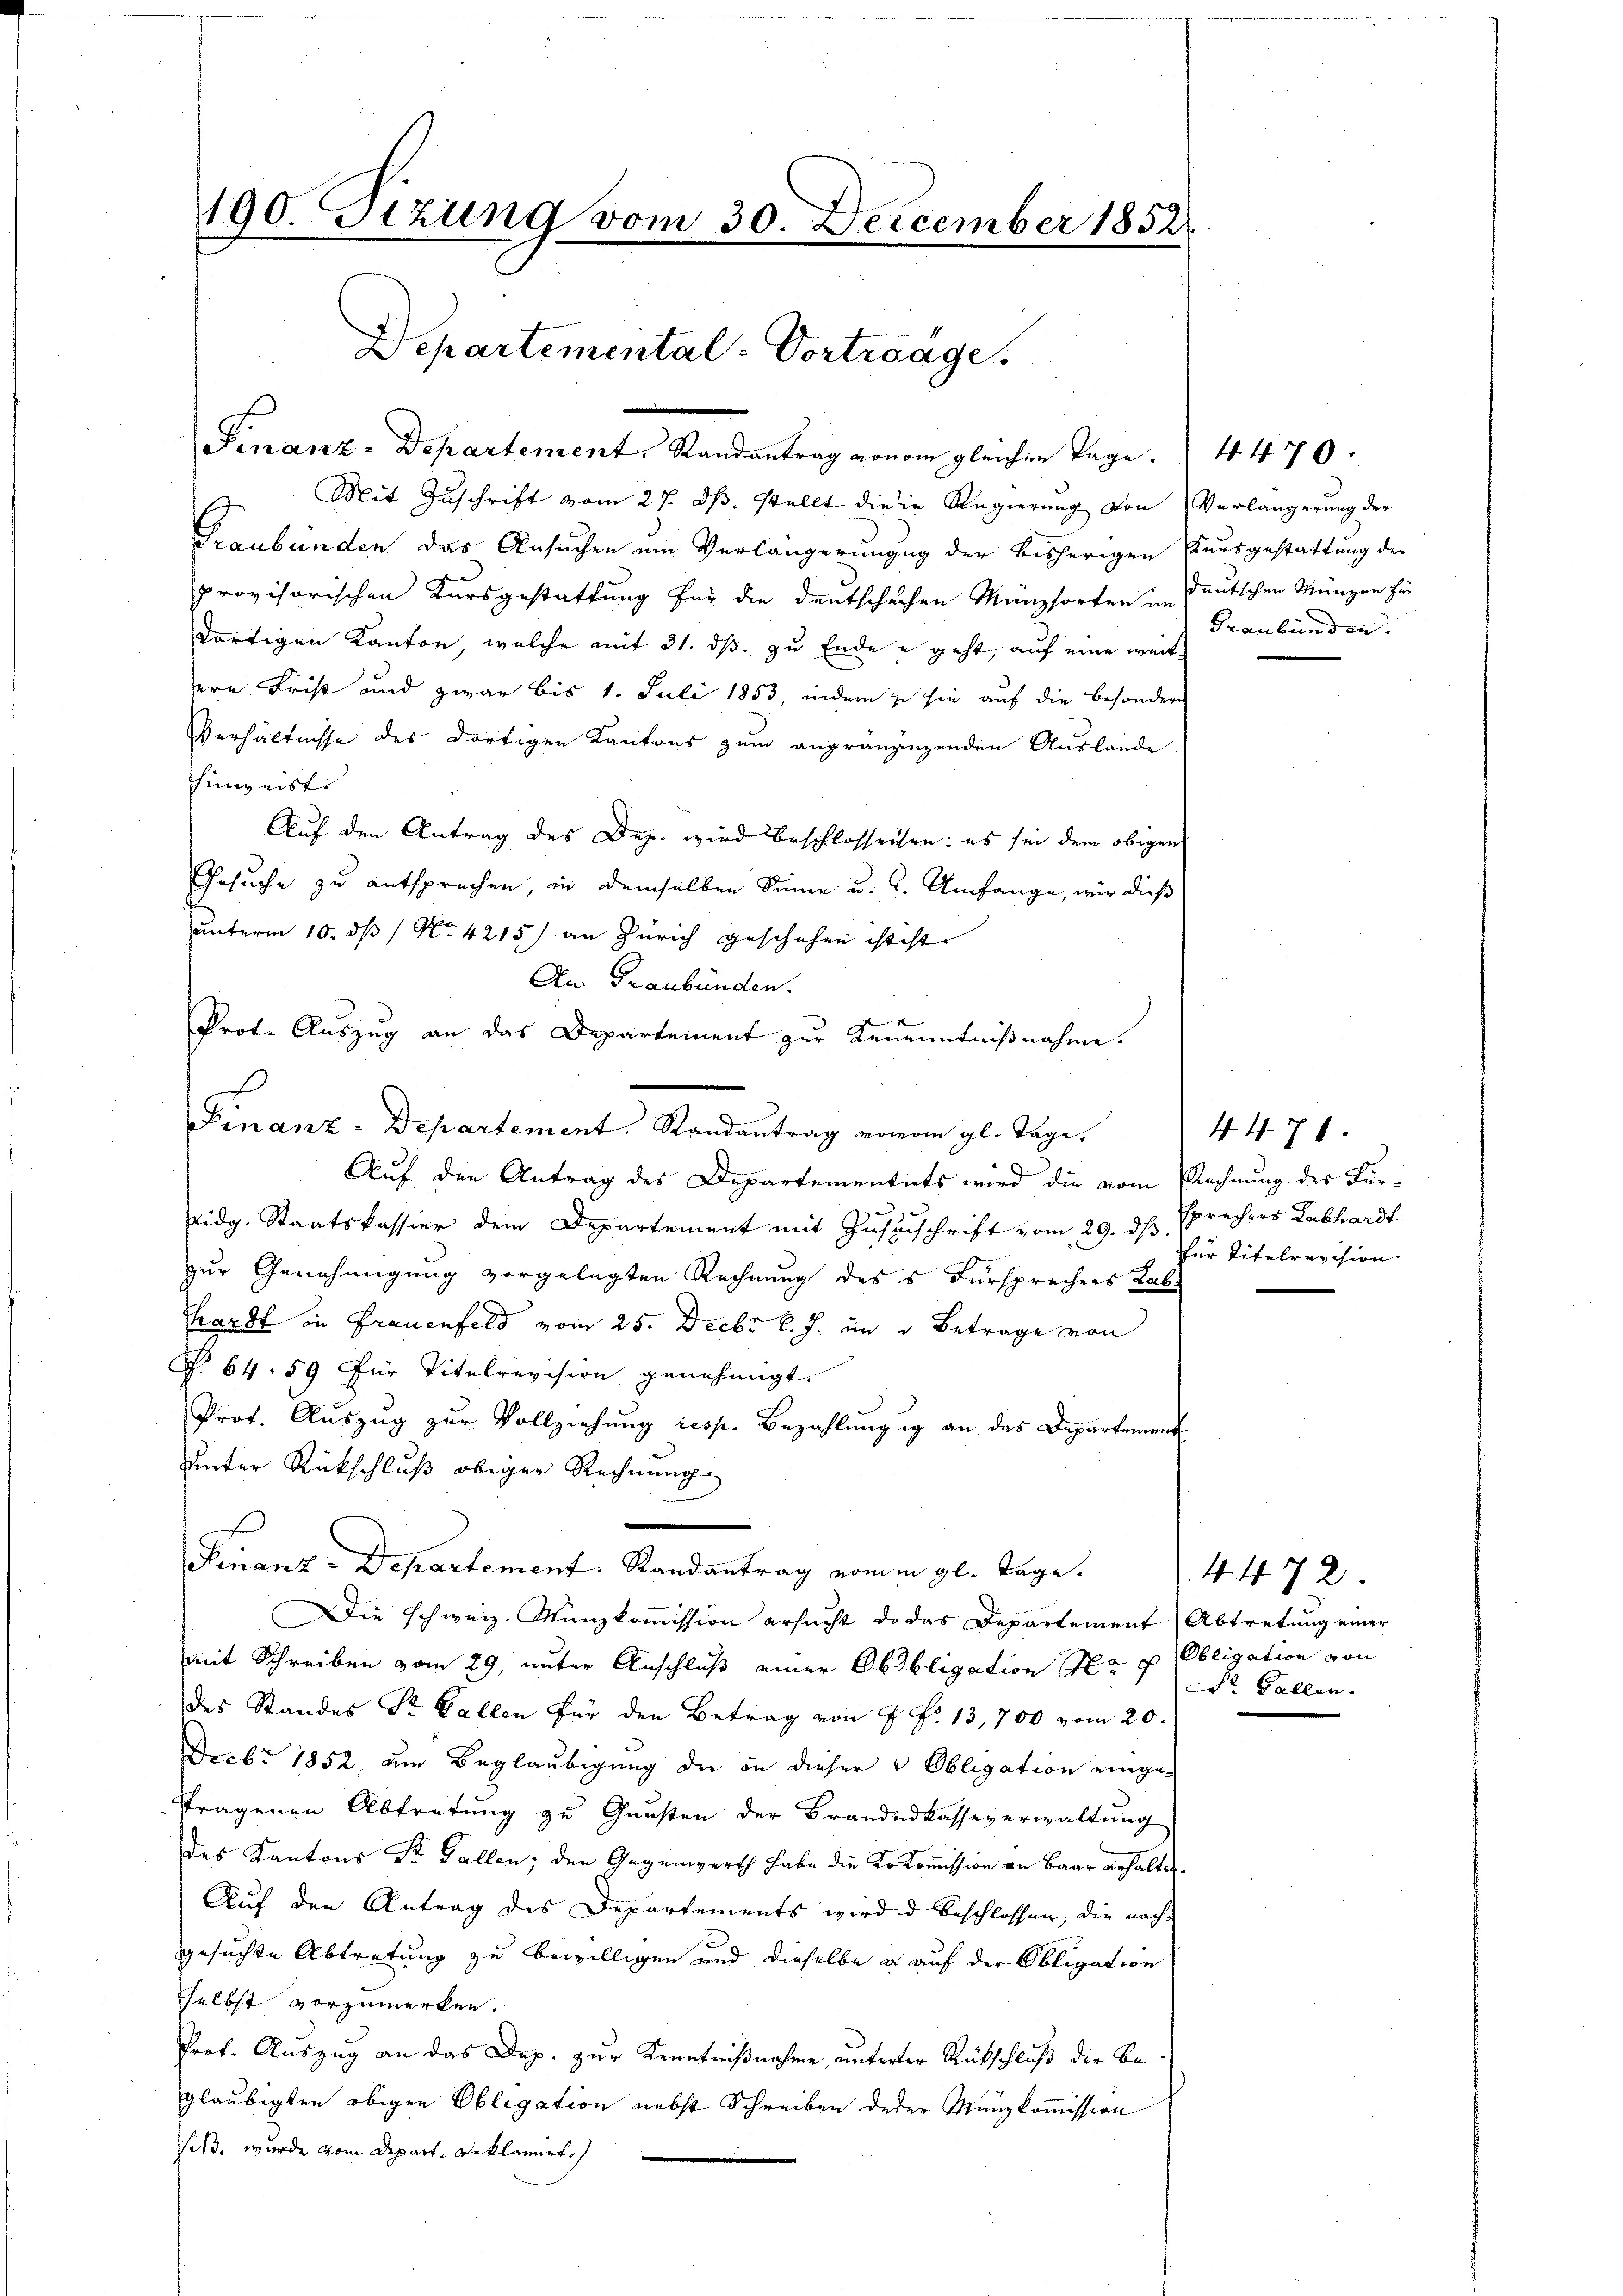
Mit Zuschrift vom 27. ds. stellt die in Regierung von Verlängerung der
Graubünden das Ansuchen um Verlängerungen der bisherigen Einesgestattung der
provisorischen Kursgestattung für die Deutschechen Münzsorten im deutschen Münzen für
dortigen Kanton, welche mit 31. ds. zu Ende u geht, auf eine weit
sere Frist und zwar bis 1. Juli 1853, indem zu sie auf die besondere
Verhältnisse des dortigen Kantons zum angränzingenden Auslande
Thingeist
Auf den Antrag des Dep. wird beschlossenen: es sei dem obigen
Gesuche zu entsprechen, in demselben Sinne u. s. Umfange, wir dieß
unterm 10. ds N. 4215) an Zürich geschehen ist ist.
An Graubünden.
Prot. Auszug an das Departement zur Kenenntnißnahme.
Auf den Antrag des Departementuts wird die vom Rechnung des Fur¬
Eidg. Staatskassier dem Departement mit Zustischrift vom 29. ds Sprechers Labhardt
zur Genehmigung vorgelegten Rechnung dess Fürsprechers Lab
hardt in Frauenfeld vom 25. Decbr l. J. in u Betrage von
§. 64. 59 für Titelrevision genehmigt.
Prot. Auszug zur Vollziehung resp. Bezahlungig an das Departement
uunter Rückschluß obiger Rechnung
Finanz-Departement. Randantrag vom gl. Tage.
Die schweiz. Münzkoṁission ersucht, da das Departement Abtretung einer
mit Schreiben vom 29. unter Anschluß einer Obobligation (Ha p Obligation von
des Standes Sr. Gallen für den Betrag von 4 Fr. 13,700 vom 20.
Decbr 1852, am Beglaubigung der in dieser & Obligation einge-
fragenen Abtretung zu Gunsten der Brandeskasseverwaltung
des Kantons Sr. Gallen; den Gegenwerth habe die Erskommission an Baar erhaltet.
Auf den Antrag des Departements wird d beschlossen, die nachgesuchte Abtretung zu bewilligen und dieselbe a auf der Obligation
selbst vorzumerken.
Prot. Auszug an das Dep. zur Kenntnißnahme unterter Rückschluß der Begläubigten obigen Obligation nebst Schreiben deder Münzkommission
its. wurde vom Depart geklamirt

190. Tizung vom 30. December 1852
Departemental-Vorträge.

Finanz-Departement. Randantrag von am gleichen Tage.

.

Finanz-Departement. Randantrag voran gl. Tage

Graubünden.

4. 471.
für Titelrevision. |

4470.

4. 472
Dr. Gallen.